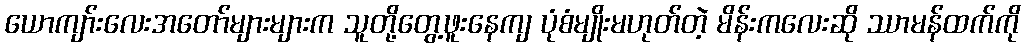
ယောကျာ်းလေးအတော်များများက သူတို့တွေ့ဖူးနေကျ ပုံစံမျိုးမဟုတ်တဲ့ မိန်းကလေးဆို ဿာမန်ထက်ကို